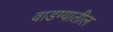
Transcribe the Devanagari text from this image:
वाडग्यातील